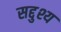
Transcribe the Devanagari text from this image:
सद्दुश्य